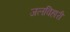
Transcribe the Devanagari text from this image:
जलविहारी